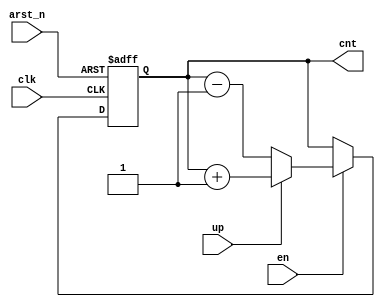
module ud_counter 
#(
parameter WIDTH = 8
)
(
input clk,
input arst_n,
input en,
input up,
output reg [WIDTH-1:0] cnt
);

always @ (posedge clk or negedge arst_n)
  if (!arst_n)
    cnt <= 0;
  else if (en)
    cnt <= up ? cnt + 1 : cnt - 1;

endmodule